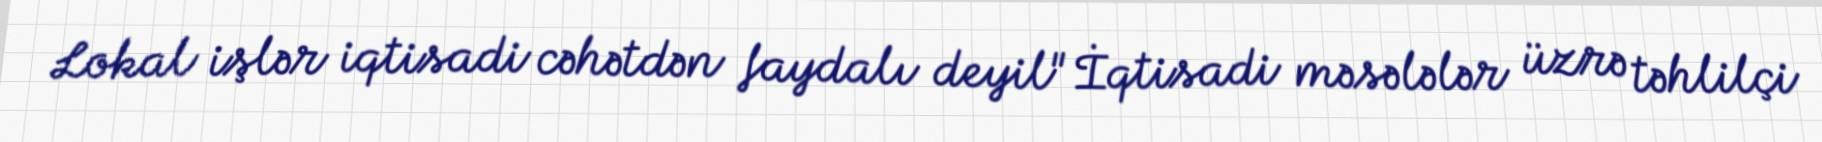
Lokal işlər iqtisadi cəhətdən faydalı deyil" İqtisadi məsələlər üzrə təhlilçi